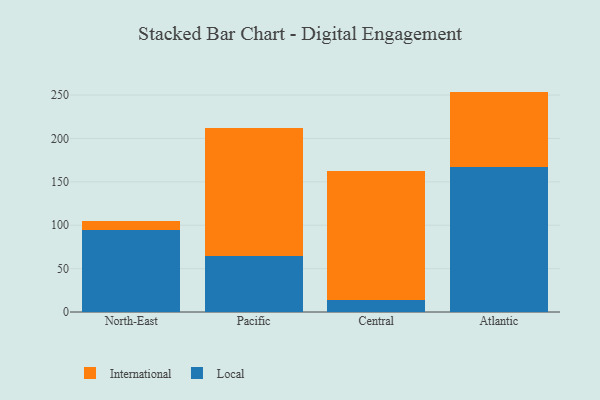
{"axis": {"x": "Region", "y": "Bounce Rate (%)"}, "legend": ["International", "Local"], "data": [{"x": "North-East", "y": 94.0, "type": "Local"}, {"x": "North-East", "y": 11.4, "type": "International"}, {"x": "Pacific", "y": 65.1, "type": "Local"}, {"x": "Pacific", "y": 147.4, "type": "International"}, {"x": "Central", "y": 14.3, "type": "Local"}, {"x": "Central", "y": 147.8, "type": "International"}, {"x": "Atlantic", "y": 167.3, "type": "Local"}, {"x": "Atlantic", "y": 86.7, "type": "International"}]}